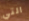
التي